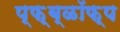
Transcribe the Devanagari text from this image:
प्फ़़्ब्ळॉफ़्प